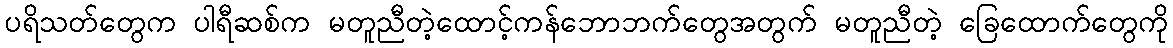
ပရိသတ်တွေက ပါရီဆစ်က မတူညီတဲ့ထောင့်ကန်ဘောဘက်တွေအတွက် မတူညီတဲ့ ခြေထောက်တွေကို